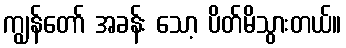
ကျွန်တော် အခန်း သော့ ပိတ်မိသွားတယ်။